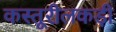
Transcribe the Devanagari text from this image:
कस्तूरीलकड़ी